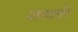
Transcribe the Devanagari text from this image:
मरूस्‍थलीय